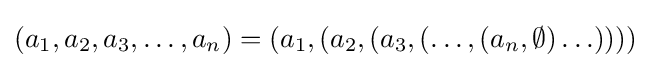
(a_{1},a_{2},a_{3},\ldots ,a_{n})=(a_{1},(a_{2},(a_{3},(\ldots ,(a_{n},\emptyset )\ldots ))))